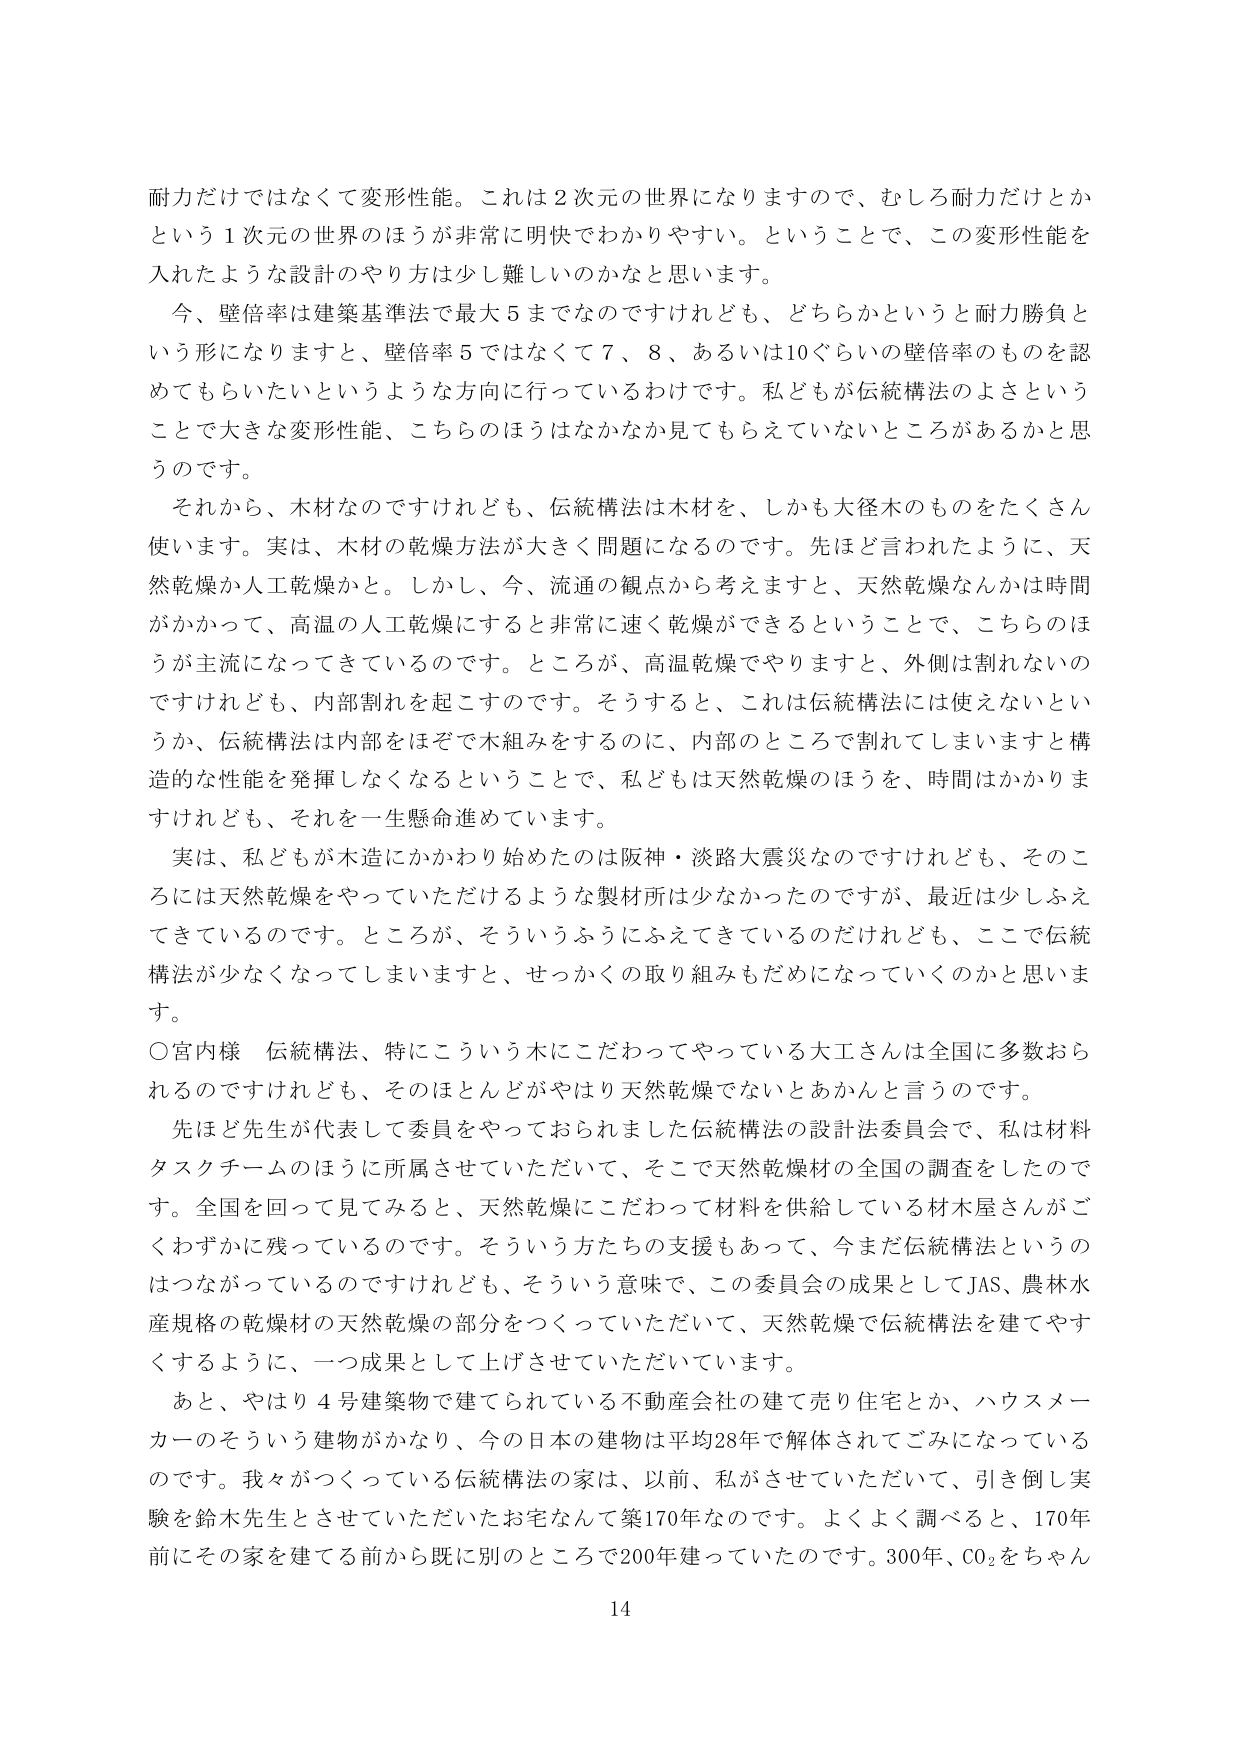
耐力だけではなくて変形性能。これは２次元の世界になりますので、むしろ耐力だけとかという１次元の世界のほうが非常に明快でわかりやすい。ということで、この変形性能を入れたような設計のやり方は少し難しいのかなと思います。

今、壁倍率は建築基準法で最大５までなのですがけれども、どちらかというと耐力勝負という形になりますと、壁倍率５ではなくて７、８、あるいは10ぐらいの壁倍率のものを認めてもらいたいというような方向に行っているわけです。私どもが伝統構法のよさということで大きな変形性能、こちらのほうはなかなか見てもらええていないところがあるかと思うのです。

それから、木材なのですがけれども、伝統構法は木材を、しかも大径木のものをたくさん使います。実は、木材の乾燥方法が大きく問題になるのです。先ほど言われたように、天然乾燥か人工乾燥かと。しかし、今、流通の観点から考えますと、天然乾燥なんかは時間がかかって、高温の人工乾燥にすると非常に速く乾燥ができるということで、こちらのほうが主流になってきているのです。ところが、高温乾燥でやりますと、外側は割れないのですけれども、内部割れを起こすのです。そうすると、これは伝統構法には使えないというか、伝統構法は内部をほぞで木組みをするのに、内部のところで割れてしまいますと構造的な性能を発揮しなくなるということで、私どもは天然乾燥のほうを、時間はかかりますけれども、それを一生懸命進めています。

実は、私どもが木造にかかわり始めたのは阪神・淡路大震災なのですがけれども、そのころには天然乾燥をやっていただけるような製材所は少なかったのですが、最近は少しふえてきているのです。ところが、そういうふうにふえてきているのだけれども、ここで伝統構法が少なくなってしまいますと、せっかくの取り組みもだめになっていくのかと思います。

○宮内様　伝統構法、特にこういう木にこだわってやっている大工さんは全国に多数おられるのですけれども、そのほとんどがやはり天然乾燥でないとあかんと言うのです。

先ほど先生が代表して委員をやっておられました伝統構法の設計法委員会で、私は材料タスクチームのほうに所属させていただいて、そこで天然乾燥材の全国の調査をしたのです。全国を回って見てみると、天然乾燥にこだわって材料を供給している材木屋さんがごくわずかに残っているのです。そういう方たちの支援もあって、今まだ伝統構法というのはつながっているのですけれども、そういう意味で、この委員会の成果としてJAS、農林水産規格の乾燥材の天然乾燥の部分をつくっていただいて、天然乾燥で伝統構法を建てやすくするように、一つ成果として上げさせていただいています。

あと、やはり４号建築物で建てられている不動産会社の建て売り住宅とか、ハウスメーカーのそういう建物がかなり、今の日本の建物は平均28年で解体されてごみになっているのです。我々がつくっている伝統構法の家は、以前、私がさせていただいて、引き倒し実験を鈴木先生とさせていただいたお宅なんて築170年なのです。よくよく調べると、170年前にその家を建てる前から既に別のところで200年建っていたのです。300年、CO₂をちゃん

14